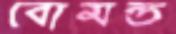
বোমন্ড